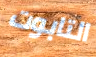
التابوت